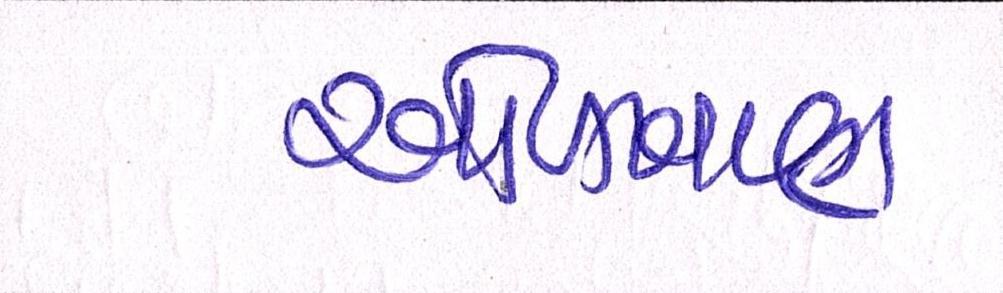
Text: ઓળખાણ